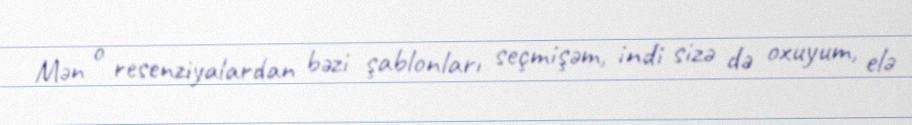
Mən o resenziyalardan bəzi şablonları seçmişəm, indi sizə də oxuyum, elə